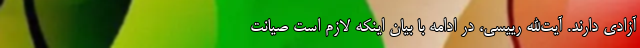
آزادی دارند. آیت‌الله رییسی، در ادامه با بیان اینکه لازم است صیانت